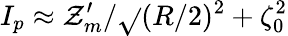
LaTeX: I_{p}\approx\mathcal{Z}_{m}^{\prime}/\sqrt{}{{(R/2)^{2}+\zeta_{0}^{2}}}